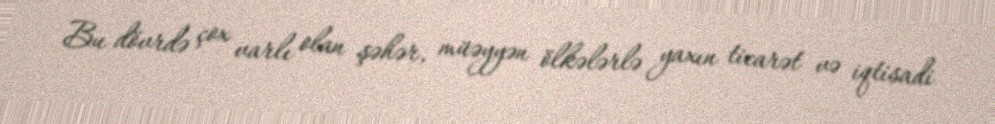
Bu dövrdə çox varlı olan şəhər, müəyyən ölkələrlə yaxın ticarət və iqtisadi